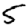
Digit: 5